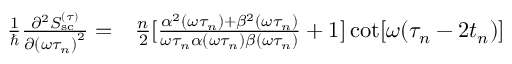
\begin{array} { r l } { \frac { 1 } { \hbar } \frac { \partial ^ { 2 } S _ { \mathrm { s c } } ^ { ( \tau ) } } { \partial { ( \omega \tau _ { n } ) } ^ { 2 } } = } & { { } \frac { n } { 2 } [ \frac { \alpha ^ { 2 } ( \omega \tau _ { n } ) + \beta ^ { 2 } ( \omega \tau _ { n } ) } { \omega \tau _ { n } \alpha ( \omega \tau _ { n } ) \beta ( \omega \tau _ { n } ) } + 1 ] \cot [ \omega ( \tau _ { n } - 2 t _ { n } ) ] } \end{array}